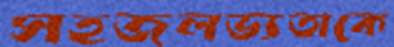
সহজলভ্যতাকে